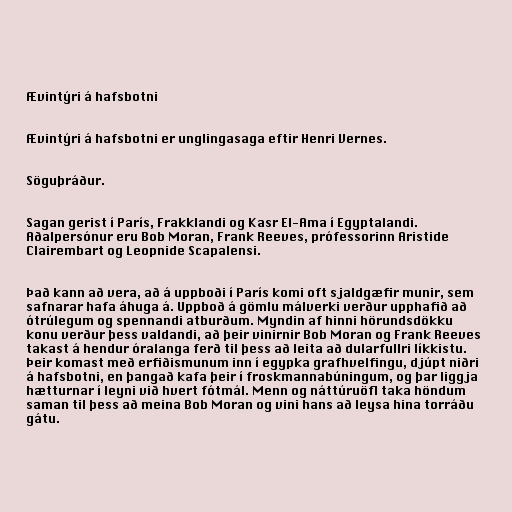
Ævintýri á hafsbotni

Ævintýri á hafsbotni er unglingasaga eftir Henri Vernes.

Söguþráður.

Sagan gerist í París, Frakklandi og Kasr El-Ama í Egyptalandi.
Aðalpersónur eru Bob Moran, Frank Reeves, prófessorinn Aristide
Clairembart og Leopnide Scapalensi.

Það kann að vera, að á uppboði í París komi oft sjaldgæfir munir, sem
safnarar hafa áhuga á. Uppboð á gömlu málverki verður upphafið að
ótrúlegum og spennandi atburðum. Myndin af hinni hörundsdökku
konu verður þess valdandi, að þeir vinirnir Bob Moran og Frank Reeves
takast á hendur óralanga ferð til þess að leita að dularfullri líkkistu.
Þeir komast með erfiðismunum inn í egypka grafhvelfingu, djúpt niðri
á hafsbotni, en þangað kafa þeir í froskmannabúningum, og þar liggja
hætturnar í leyni við hvert fótmál. Menn og náttúruöfl taka höndum
saman til þess að meina Bob Moran og vini hans að leysa hina torráðu
gátu.